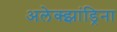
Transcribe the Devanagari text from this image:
अलेक्झांड्रिना